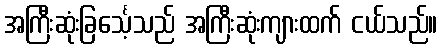
အကြီးဆုံးခြင်္သေ့သည် အကြီးဆုံးကျားထက် ငယ်သည်။